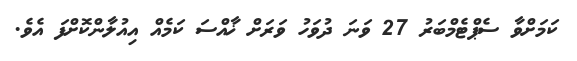
ކަމަށްވާ ސެޕްޓެމްބަރު 27 ވަނަ ދުވަހު ވަރަށް ޚާއްސަ ކަމެއް އިއުލާންކޮށްފަ އެވެ.